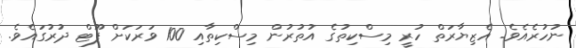
ނުހުރެއެވެެ. އެޒިޔާރަތް ހުރީ މިސްކިތުގެ އުތުރުން މިސްކިތާއި 100 ވަރަކަށް ފޫޓް ދުރުގައެވެ.